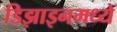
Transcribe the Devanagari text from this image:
डिझाइनमध्ये